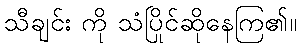
သီချင်း ကို သံပြိုင်ဆိုနေကြ၏။